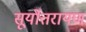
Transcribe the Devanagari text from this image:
सूर्योत्तरायण